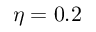
\eta = 0 . 2